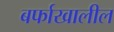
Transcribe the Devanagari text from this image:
बर्फाखालील